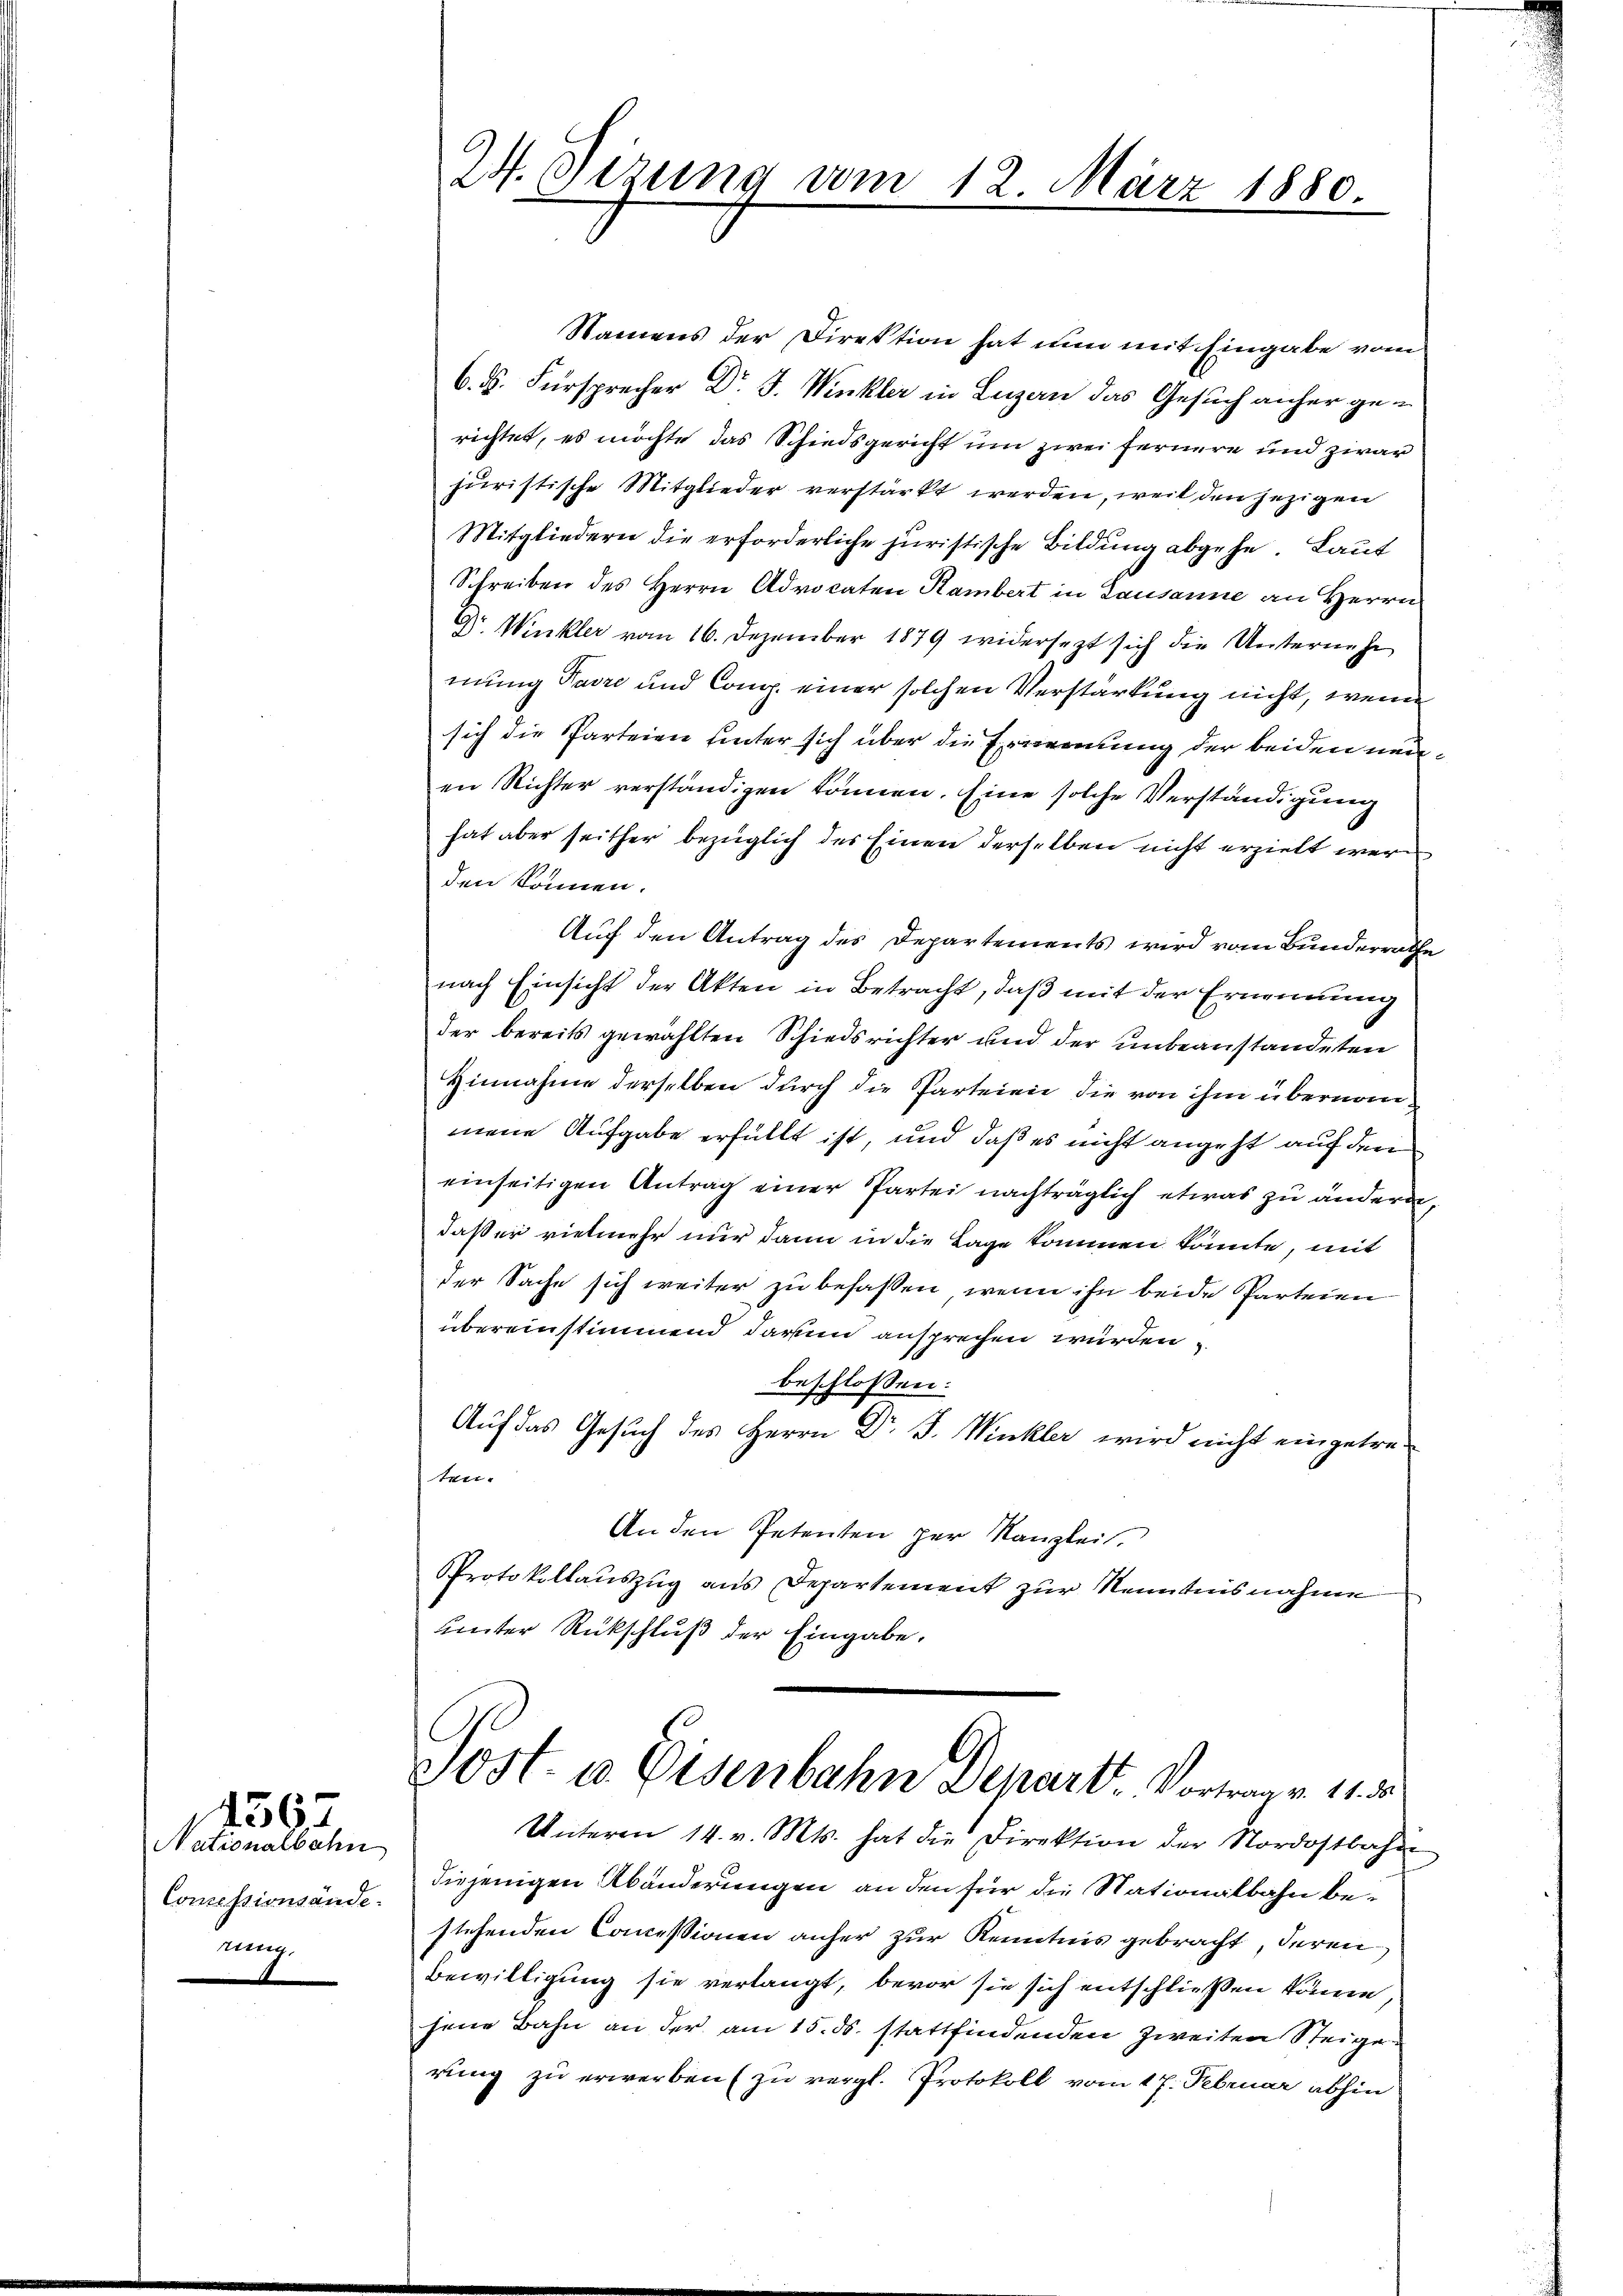
Nationalbahn
Comessionsände.
n

4567

Af. Gezung vom 12. März 1880.

Namens der Direktion hat nun mit Eingabe vom
6. ds. Fürsprecher Dr J. Winkler in Luzern das Gesuch anher gerichtet, es möchte das Schiedsgericht um zwei Fernere und zwar
huristische Mitglieder verstärkt werden, weil den jezigen
Mitgliedern die erforderliche juristische Bildung abgehe. Laut
Schreiben des Herrn Advocaten Hambert in Lausanne an Herrn
Dr. Winkler vom 16. Dezember 1879 widersezt sich die Unternehm
mung Favre und Comp. einer solchen Verstarkung nicht, wenn
sich die Parteien unter sich über die Ernennung der beiden neuen Richter verständigen können. Eine solche Verständigung
hat aber seither bezüglich der Einen derselben nicht erzielt werden können.
Auf den Antrag des Departements wird vom Bunderrathe
nach Einsicht der Akten in Betracht, daß mit der Ernennung
der bereits gewählten Schiedsrichter und der unbeanstandeten
Hinnahme derselben durch die Parteieie, die von ihm übernommene Aufgabe erfüllt ist, und daß es nicht angeht auf den
einseitigen Antrag einer Partei nachträglich etwas zu ändern,
daß er vielmehr nur dann in die Lage kommen könnte, mit
der Sache sich weiter zu befassen, wenn ihn beide Parteien
übereinstimmend darum ansprechen würden
beschlossen:
Auf das Gesuch des Herrn Dr J. Winkler wird nicht eingetreten-
An den Petenten per Kanzlei.
Protokollauszug aus Departement zur Kenntnisnahme
unter Rückschluß der Eingabe.

Sost- u. Eisenbahn Departt. Vortrag v. 11. d.
Unteren 14. v. Mts. hat die Direktion der Nordostbahn

diejenigen Abänderungen an den für die Nationalbahn bestehenden Concessionen anher zur Kenntnis gebracht, deren
Bewilligung sie verlangt, bevor sie sich entschließen könne,
jene Bahn an der am 15. ds. stattfindenden Zweiten Steige
rung zu erwerben (zu vergl. Protokoll vom 17. Februar abhin